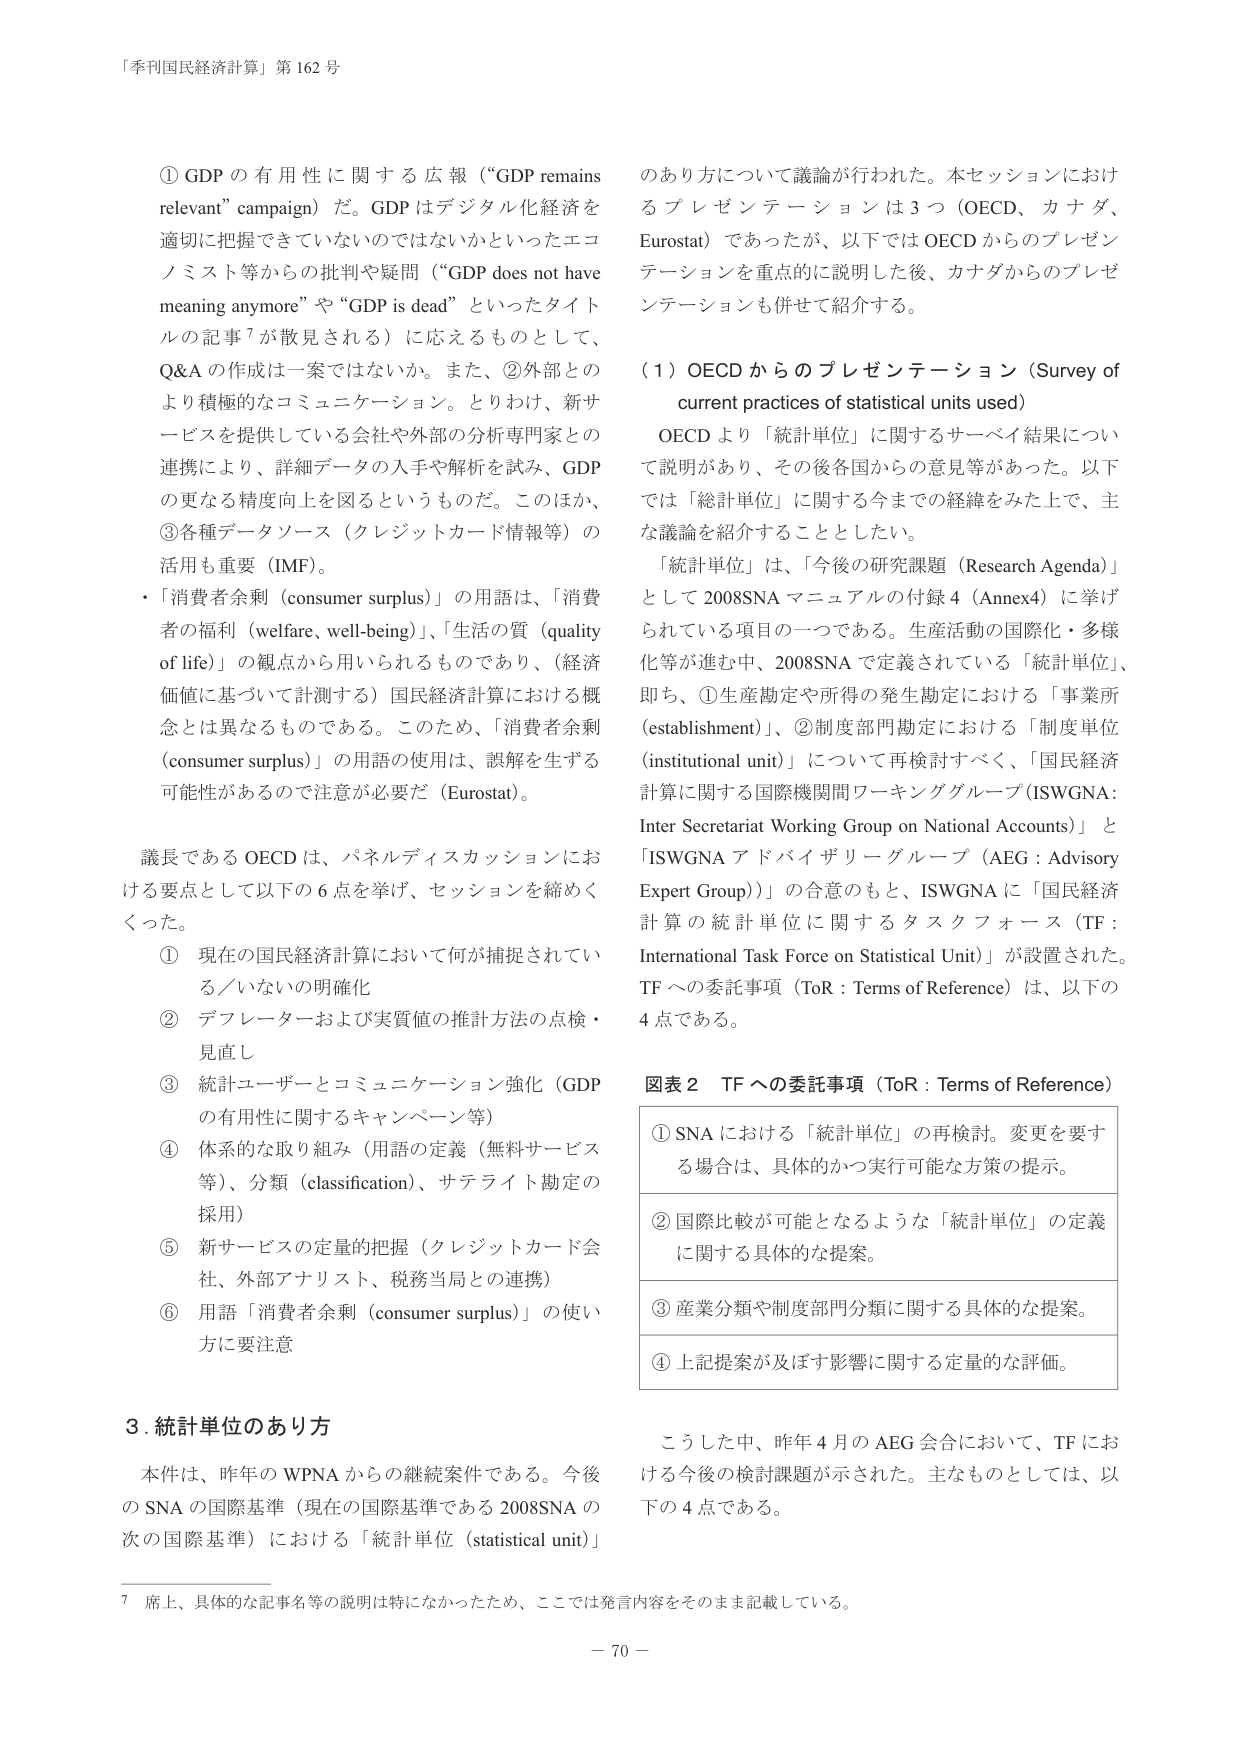
「季刊国民経済計算」第162号

① GDPの有用性に関する広報（“GDP remains relevant” campaign）だ。GDPはデジタル化経済を適切に把握できていないのではないかといったエコノミスト等からの批判や疑問（“GDP does not have meaning anymore”や“GDP is dead”といったタイトルの記事⁷が散見される）に応えるものとして、Q&Aの作成は一案ではないか。また、②外部とのより積極的なコミュニケーション。とりわけ、新サービスを提供している会社や外部の分析専門家との連携により、詳細データの入手や解析を試み、GDPの更なる精度向上を図るというものだ。このほか、③各種データソース（クレジットカード情報等）の活用も重要（IMF）。

・「消費者余剰（consumer surplus）」の用語は、「消費者の福利（welfare, well-being）」、「生活の質（quality of life）」の観点から用いられるものであり、（経済価値に基づいて計測する）国民経済計算における概念とは異なるものである。このため、「消費者余剰（consumer surplus）」の用語の使用は、誤解を生ずる可能性があるので注意が必要だ（Eurostat）。

議長であるOECDは、パネルディスカッションにおける要点として以下の6点を挙げ、セッションを締めくくった。

① 現在の国民経済計算において何が捕捉されている／いないの明確化
② デフレーターおよび実質値の推計方法の点検・見直し
③ 統計ユーザーとコミュニケーション強化（GDPの有用性に関するキャンペーン等）
④ 体系的な取り組み（用語の定義（無料サービス等）、分類（classification）、サテライト勘定の採用）
⑤ 新サービスの定量的把握（クレジットカード会社、外部アナリスト、税務当局との連携）
⑥ 用語「消費者余剰（consumer surplus）」の使い方に要注意

3. 統計単位のあり方

本件は、昨年のWPNAからの継続案件である。今後のSNAの国際基準（現在の国際基準である2008SNAの次の国際基準）における「統計単位（statistical unit）」のあり方について議論が行われた。本セッションにおけるプレゼンテーションは3つ（OECD、カナダ、Eurostat）であったが、以下ではOECDからのプレゼンテーションを重点的に説明した後、カナダからのプレゼンテーションも併せて紹介する。

（1）OECDからのプレゼンテーション（Survey of current practices of statistical units used）

OECDより「統計単位」に関するサーベイ結果について説明があり、その後各国からの意見等があった。以下では「統計単位」に関する今までの経緯をみた上で、主な議論を紹介することとしたい。

「統計単位」は、「今後の研究課題（Research Agenda）」として2008SNAマニュアルの付録4（Annex4）に挙げられている項目の一つである。生産活動の国際化・多様化等が進む中、2008SNAで定義されている「統計単位」、即ち、①生産勘定や所得の発生勘定における「事業所（establishment）」、②制度部門勘定における「制度単位（institutional unit）」について再検討すべく、「国民経済計算に関する国際機関間ワーキンググループ（ISWGN：Inter Secretariat Working Group on National Accounts）」と「ISWGNアドバイザリーグループ（AEG：Advisory Expert Group）」の合意のもと、ISWGNに「国民経済計算の統計単位に関するタスクフォース（TF：International Task Force on Statistical Unit）」が設置された。TFへの委託事項（ToR：Terms of Reference）は、以下の4点である。

図表2 TFへの委託事項（ToR：Terms of Reference）

① SNAにおける「統計単位」の再検討。変更を要する場合は、具体的かつ実行可能な方策の提示。
② 国際比較が可能となるような「統計単位」の定義に関する具体的な提案。
③ 産業分類や制度部門分類に関する具体的な提案。
④ 上記提案が及ぼす影響に関する定量的な評価。

こうした中、昨年4月のAEG会合において、TFにおける今後の検討課題が示された。主なものとしては、以下の4点である。

⁷ 席上、具体的な記事名等の説明は特になかったため、ここでは発言内容をそのまま記載している。

－70－